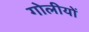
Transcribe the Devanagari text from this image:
गोलीयों